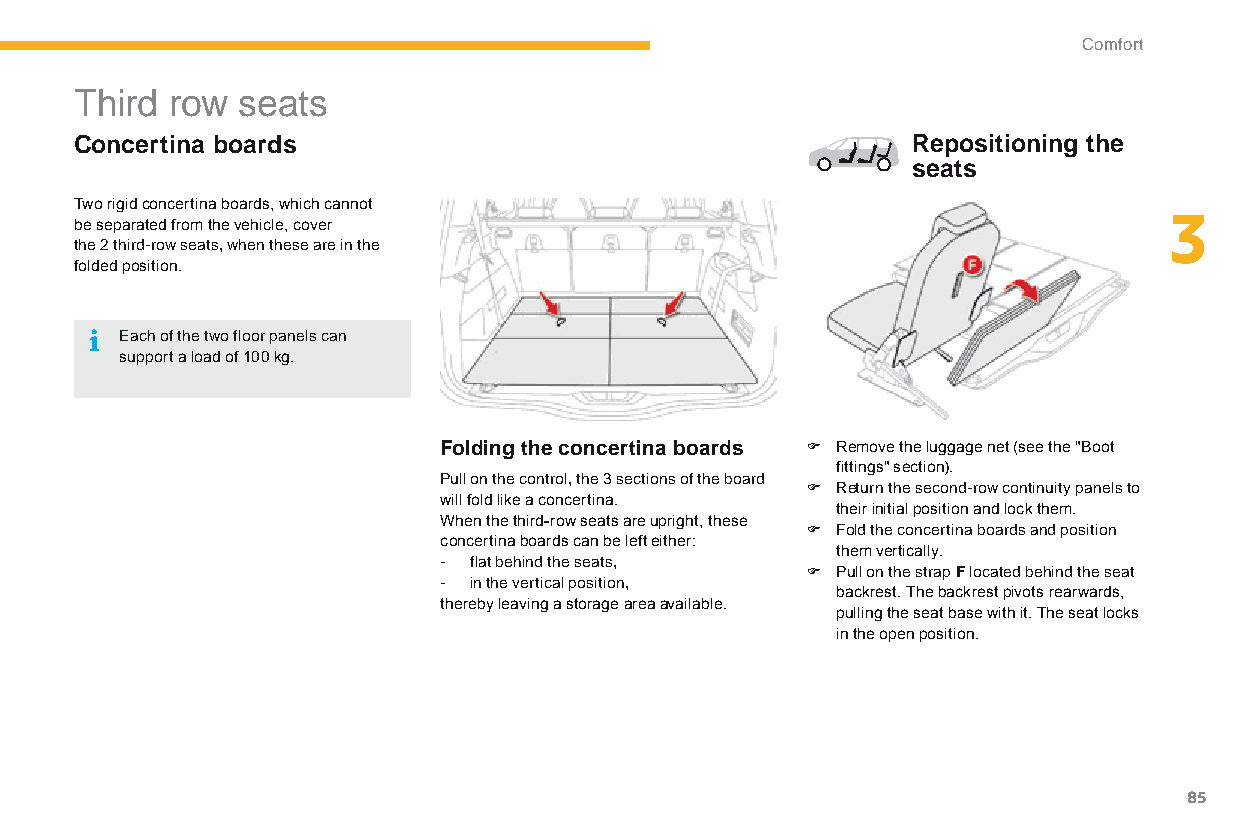
Comfort
 Third row  seats
 Concertina boards                                      Repositioning the
 seats
 Two rigid concertina boards, which cannot
 3
 be separated from the vehicle, cover
 the 2 third-row seats, when these are in the
 folded position.
 Each of the two floor panels can
 support a load of 100 kg.
 Folding the concertina boards F Remove the luggage net (see the "Boot
 fittings" section).
 Pull on the control, the 3 sections of the board
 F Return the second-row continuity panels to
 will fold like a concertina.
 their initial position and lock them.
 When the third-row seats are upright, these
 F Fold the concertina boards and position
 concertina boards can be left either:
 them vertically.
 - flat behind the seats,
 F Pull on the strap F located behind the seat
 - in the vertical position,
 backrest. The backrest pivots rearwards,
 thereby leaving a storage area available.
 pulling the seat base with it. The seat locks
 in the open position.
 85
 C4-Picasso-II_en_Chap03_confort_ed01-2015